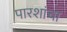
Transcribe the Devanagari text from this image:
पारशांचा